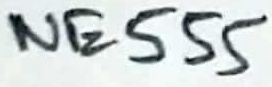
Text: NE555